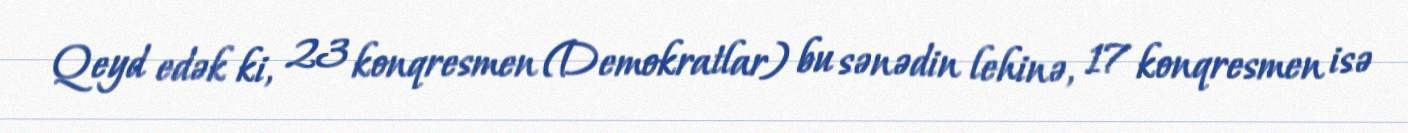
Qeyd edək ki, 23 konqresmen (Demokratlar) bu sənədin lehinə, 17 konqresmen isə